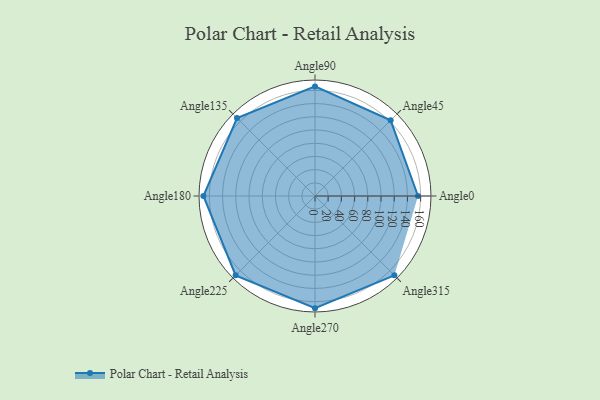
{"axis": {"x": "Angle", "y": "Radius"}, "legend": [""], "data": [{"x": "Angle0", "y": 156.0, "type": ""}, {"x": "Angle45", "y": 162.0, "type": ""}, {"x": "Angle90", "y": 166.0, "type": ""}, {"x": "Angle135", "y": 167.0, "type": ""}, {"x": "Angle180", "y": 169.0, "type": ""}, {"x": "Angle225", "y": 170, "type": ""}, {"x": "Angle270", "y": 170, "type": ""}, {"x": "Angle315", "y": 170, "type": ""}]}